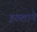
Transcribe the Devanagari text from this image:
इठलाने